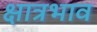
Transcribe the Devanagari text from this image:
क्षात्रभाव